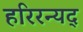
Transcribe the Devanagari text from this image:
हरिरन्यद्